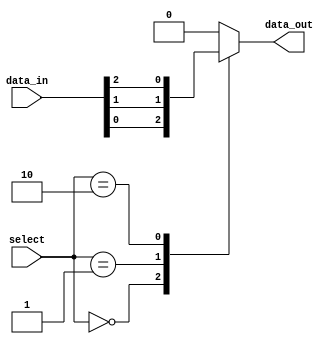
module mux_64_to_1(
    input [63:0] data_in,
    input [5:0] select,
    output reg data_out
);

always @(*) begin
    case(select)
        6'b000000: data_out = data_in[0];
        6'b000001: data_out = data_in[1];
        6'b000010: data_out = data_in[2];
        // Continue for all 64 input lines
        default: data_out = 0; // Default case
    endcase
end

endmodule